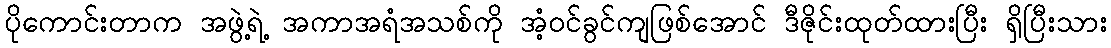
ပိုကောင်းတာက အဖွဲ့ရဲ့ အကာအရံအသစ်ကို အံ့ဝင်ခွင်ကျဖြစ်အောင် ဒီဇိုင်းထုတ်ထားပြီး ရှိပြီးသား